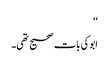
‘‘
ابوکی بات صحیح تھی۔